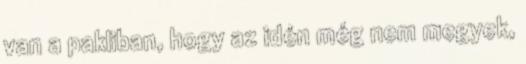
van a pakliban, hogy az idén még nem megyek,